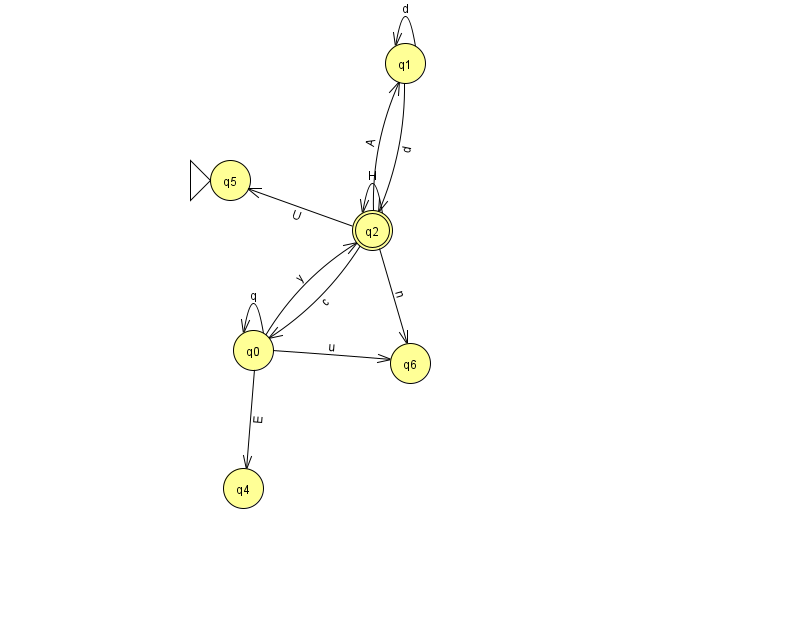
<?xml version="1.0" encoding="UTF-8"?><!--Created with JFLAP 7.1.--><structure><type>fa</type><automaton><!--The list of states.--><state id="0" name="q0"><x>253.0</x><y>337.0</y></state><state id="1" name="q1"><x>405.0</x><y>50.0</y></state><state id="2" name="q2"><x>372.0</x><y>217.0</y><final/></state><state id="4" name="q4"><x>243.0</x><y>475.0</y></state><state id="5" name="q5"><x>230.0</x><y>167.0</y><initial/></state><state id="6" name="q6"><x>410.0</x><y>350.0</y></state><!--The list of transitions.--><transition><from>0</from><to>0</to><read>q</read></transition><transition><from>0</from><to>6</to><read>u</read></transition><transition><from>2</from><to>1</to><read>A</read></transition><transition><from>0</from><to>4</to><read>E</read></transition><transition><from>2</from><to>0</to><read>c</read></transition><transition><from>2</from><to>5</to><read>U</read></transition><transition><from>1</from><to>1</to><read>d</read></transition><transition><from>1</from><to>2</to><read>d</read></transition><transition><from>2</from><to>2</to><read>H</read></transition><transition><from>0</from><to>2</to><read>y</read></transition><transition><from>2</from><to>6</to><read>n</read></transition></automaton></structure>